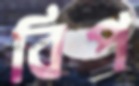
বিপ